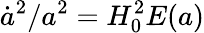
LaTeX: {\dot{a}^{2}}/{a^{2}}=H_{0}^{2}{E(a)}